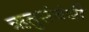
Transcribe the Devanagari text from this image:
ऋतुसंबंधी